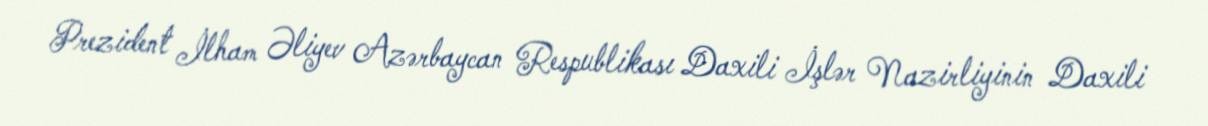
Prezident İlham Əliyev Azərbaycan Respublikası Daxili İşlər Nazirliyinin Daxili